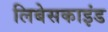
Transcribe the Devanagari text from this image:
लिबेसकाइंड